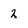
Character: 2